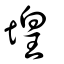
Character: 堭